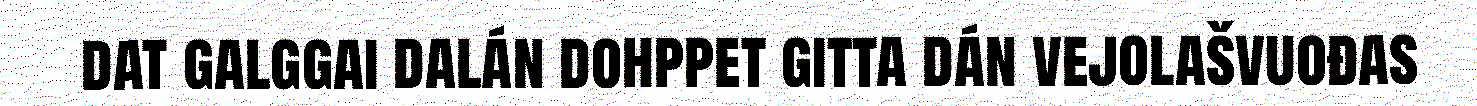
dat galggai dalán dohppet gitta dán vejolašvuođas